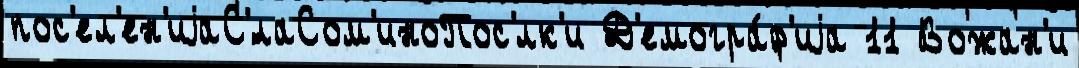
пос'ел'ен'иjаС'́лаСом'иноПос'лк'и Д'емогра́ф'иjа 11 Вожан'и